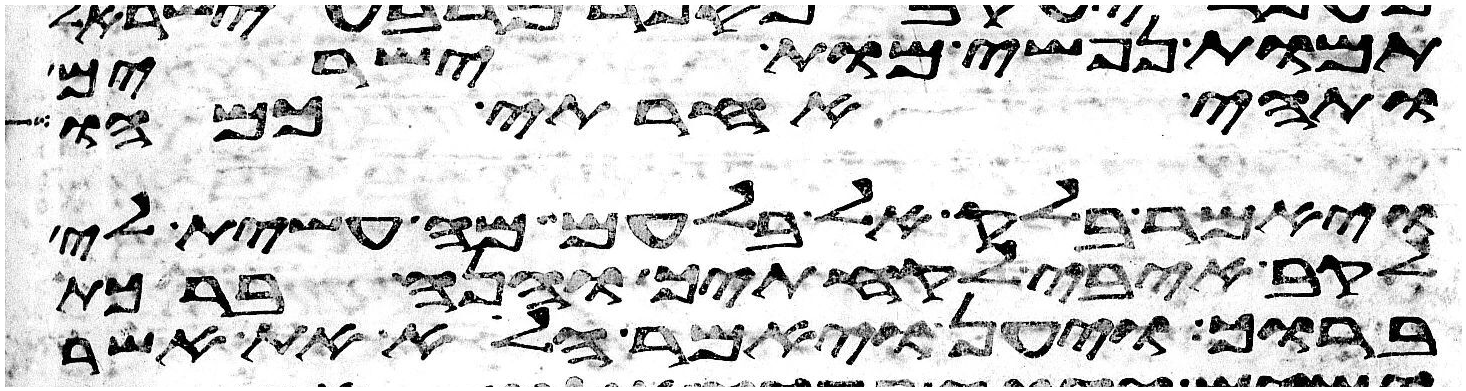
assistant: תמות נפשי מות ישירים
ותהי אחריתי כמהו
ויאמר בלק אל בלעם מה עשית לי
לקב איבי לקחתיך והנה ברכת
ברוך ויען ויאמר הלוא את אשר